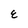
Character: E